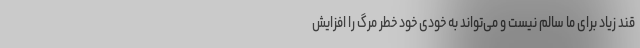
قند زیاد برای ما سالم نیست و می‌تواند به خودی خود خطر مرگ را افزایش